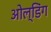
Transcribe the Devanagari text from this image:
ओल्डिंग